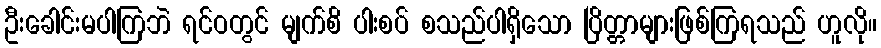
ဦးခေါင်းမပါကြဘဲ ရင်ဝတွင် မျက်စိ ပါးစပ် စသည်ပါရှိသော ပြိတ္တာများဖြစ်ကြရသည် ဟူလို။